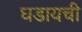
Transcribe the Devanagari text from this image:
घडायची